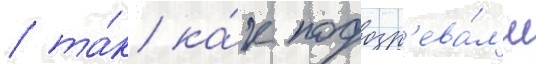
/ та́к ка́к подозр'ева́л'и